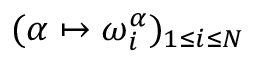
( \alpha \mapsto \omega _ { i } ^ { \alpha } ) _ { 1 \leq i \leq N }